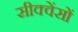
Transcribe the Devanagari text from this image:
सीक्वेंसों